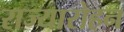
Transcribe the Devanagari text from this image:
राज्यारोहन